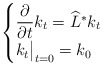
\begin{align*}\begin{cases}\dfrac{\partial}{\partial t} k_t = {\widehat{L}}^\ast k_t \\k_t \bigr|_{t=0} = k_0\end{cases}\end{align*}